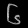
Digit: ၆